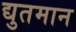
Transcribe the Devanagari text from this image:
द्युतमान